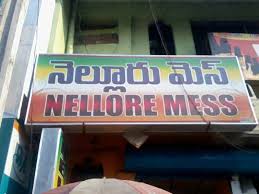
Language: telugu
Transcription: నెల్లూరు మెస్